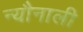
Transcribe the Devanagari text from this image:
न्यौनाली